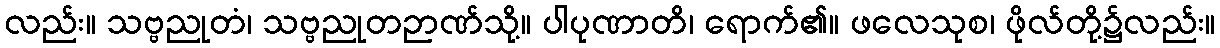
လည်း။ သဗ္ဗညုတံ၊ သဗ္ဗညုတဉာဏ်သို့။ ပါပုဏာတိ၊ ရောက်၏။ ဖလေသုစ၊ ဖိုလ်တို့၌လည်း။